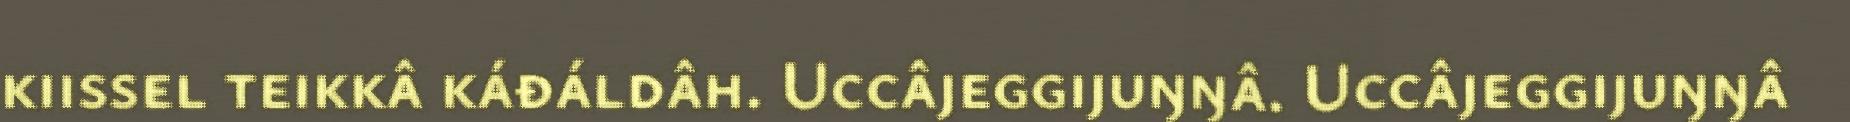
kiissel teikkâ káđáldâh. Uccâjeggijuŋŋâ. Uccâjeggijuŋŋâ